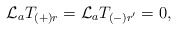
\begin{align*}{\cal L}_a T_{(+)r} = {\cal L}_a T_{(-)r'} = 0,\end{align*}